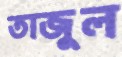
তাজুল